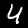
Digit: 4